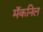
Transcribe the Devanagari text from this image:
मॅकनिल